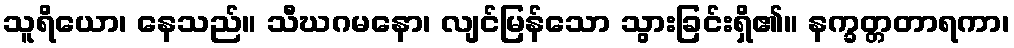
သူရိယော၊ နေသည်။ သီဃဂမနော၊ လျင်မြန်သော သွားခြင်းရှိ၏။ နက္ခတ္တတာရကာ၊